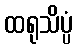
ထရုသိပ္ပံ